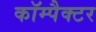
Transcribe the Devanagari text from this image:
कॉम्पैक्टर